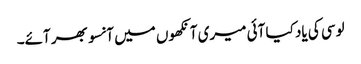
لوسی کی یاد کیا آئی میری آنکھوں میں آنسو بھر آئے۔